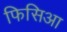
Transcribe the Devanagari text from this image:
फिसिआ